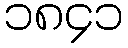
၁၈၄၁